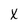
Character: X